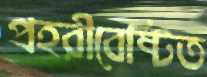
প্রহরীবেষ্টিত